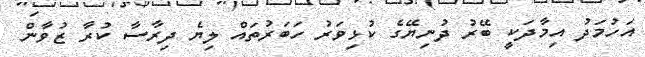
އަހުމަދު އިމާދަކީ ބޭރު ދުނިޔޭގެ ކުޅިވަރު ހަބަރުތައް ލިޔެ ދިރާސާ ކުރާ ޒުވާން